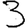
Digit: 3